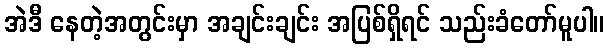
အဲဒီ နေတဲ့အတွင်းမှာ အချင်းချင်း အပြစ်ရှိရင် သည်းခံတော်မူပါ။